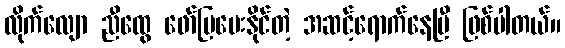
လိုက်လျော ညီထွေ ဖော်ပြပေးနိုင်တဲ့ အဆင့်ရောက်နေပြီ ဖြစ်ပါတယ်။